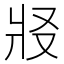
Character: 𰠏